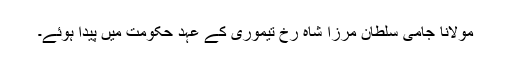
مولانا جامی سلطان مرزا شاہ رخ تیموری کے عہد حکومت میں پیدا ہوئے۔